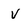
Character: V